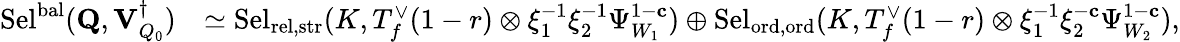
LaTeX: \begin{array}{rl}{\mathrm{Sel}^{\mathrm{bal}}(\mathbf{Q},{\mathbf{V}_{Q_{0}}^{\dagger}})}&{\simeq\mathrm{Sel}_{{\mathrm{rel},\mathrm{str}}}(K,T_{f}^{\vee}(1-r)\otimes\xi_{1}^{-1}\xi_{2}^{-1}\Psi_{W_{1}}^{1-\mathbf{c}})\oplus\mathrm{Sel}_{{\mathrm{ord},\mathrm{ord}}}(K,T_{f}^{\vee}(1-r)\otimes\xi_{1}^{-1}\xi_{2}^{-\mathbf{c}}\Psi_{W_{2}}^{1-\mathbf{c}}),}\end{array}